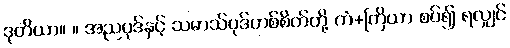
ဒုတိယာ။ ။ အညပုဒ်နှင့် သမာသ်ပုဒ်တစ်စိတ်တို့ ကံ+ကြိယာ စပ်၍ ရလျှင်